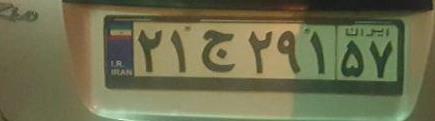
۲۱ج۲۹۱۵۷